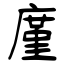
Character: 廑